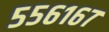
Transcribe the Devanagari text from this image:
५५६१६७